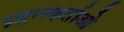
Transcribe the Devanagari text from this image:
प्र्जन्न्कर्ताओ